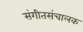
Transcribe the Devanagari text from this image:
संगीतसंचालक